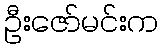
ဦးဇော်မင်းက